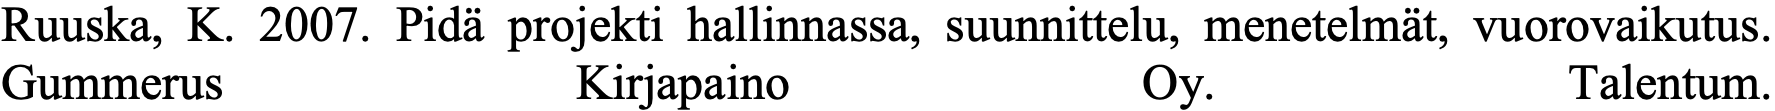
Ruuska, K. 2007. Pidä projekti hallinnassa, suunnittelu, menetelmät, vuorovaikutus. Gummerus           Kirjapaino        Oy.            Talentum.